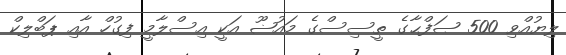
ލިޔުއްވި 500 ޞަފްޙާގެ ތީސިސްގެ މައުޟޫ އަކީ އިސްލާމީ ފިގުހް އާއި ޕަބްލިކް